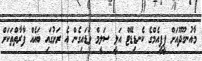
މާއުނގޫދޫއަށް ޕީޕީއެމްގެ ކެނޑިޑޭޓް އަލީ ސަލީމް ވަޑައިގެން އެ ރަށުގައި ބައެއް ފާރާތްތަކަށް